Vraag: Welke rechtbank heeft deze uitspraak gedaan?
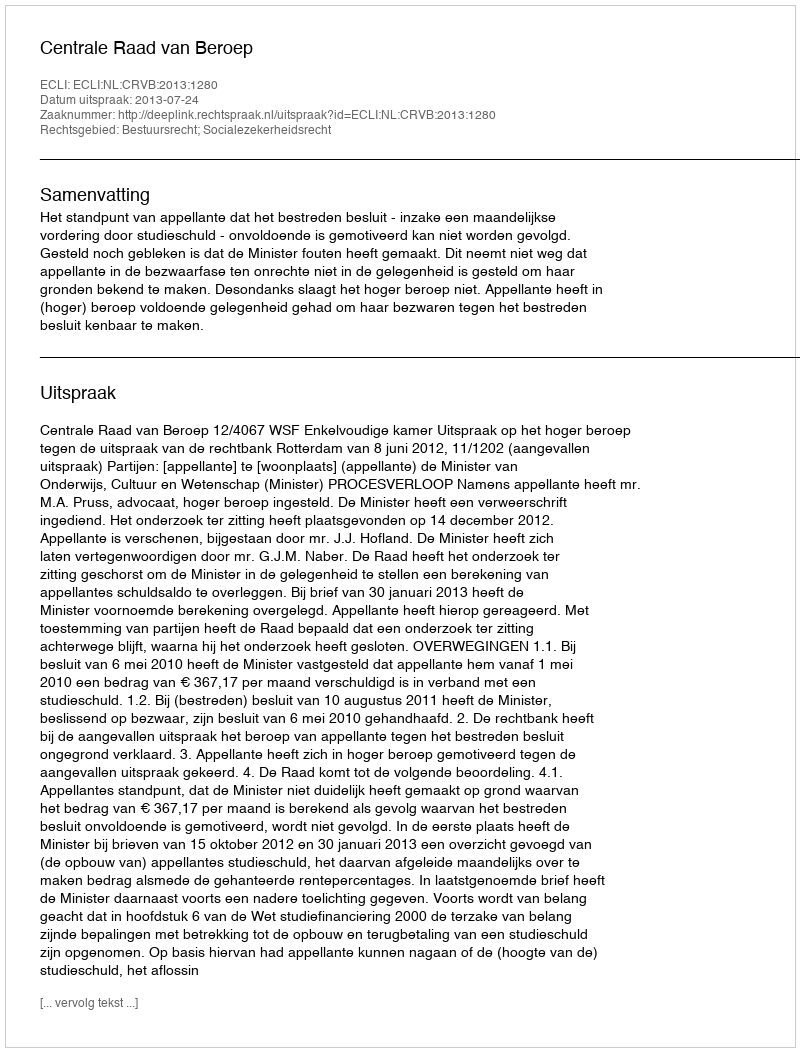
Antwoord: Centrale Raad van Beroep